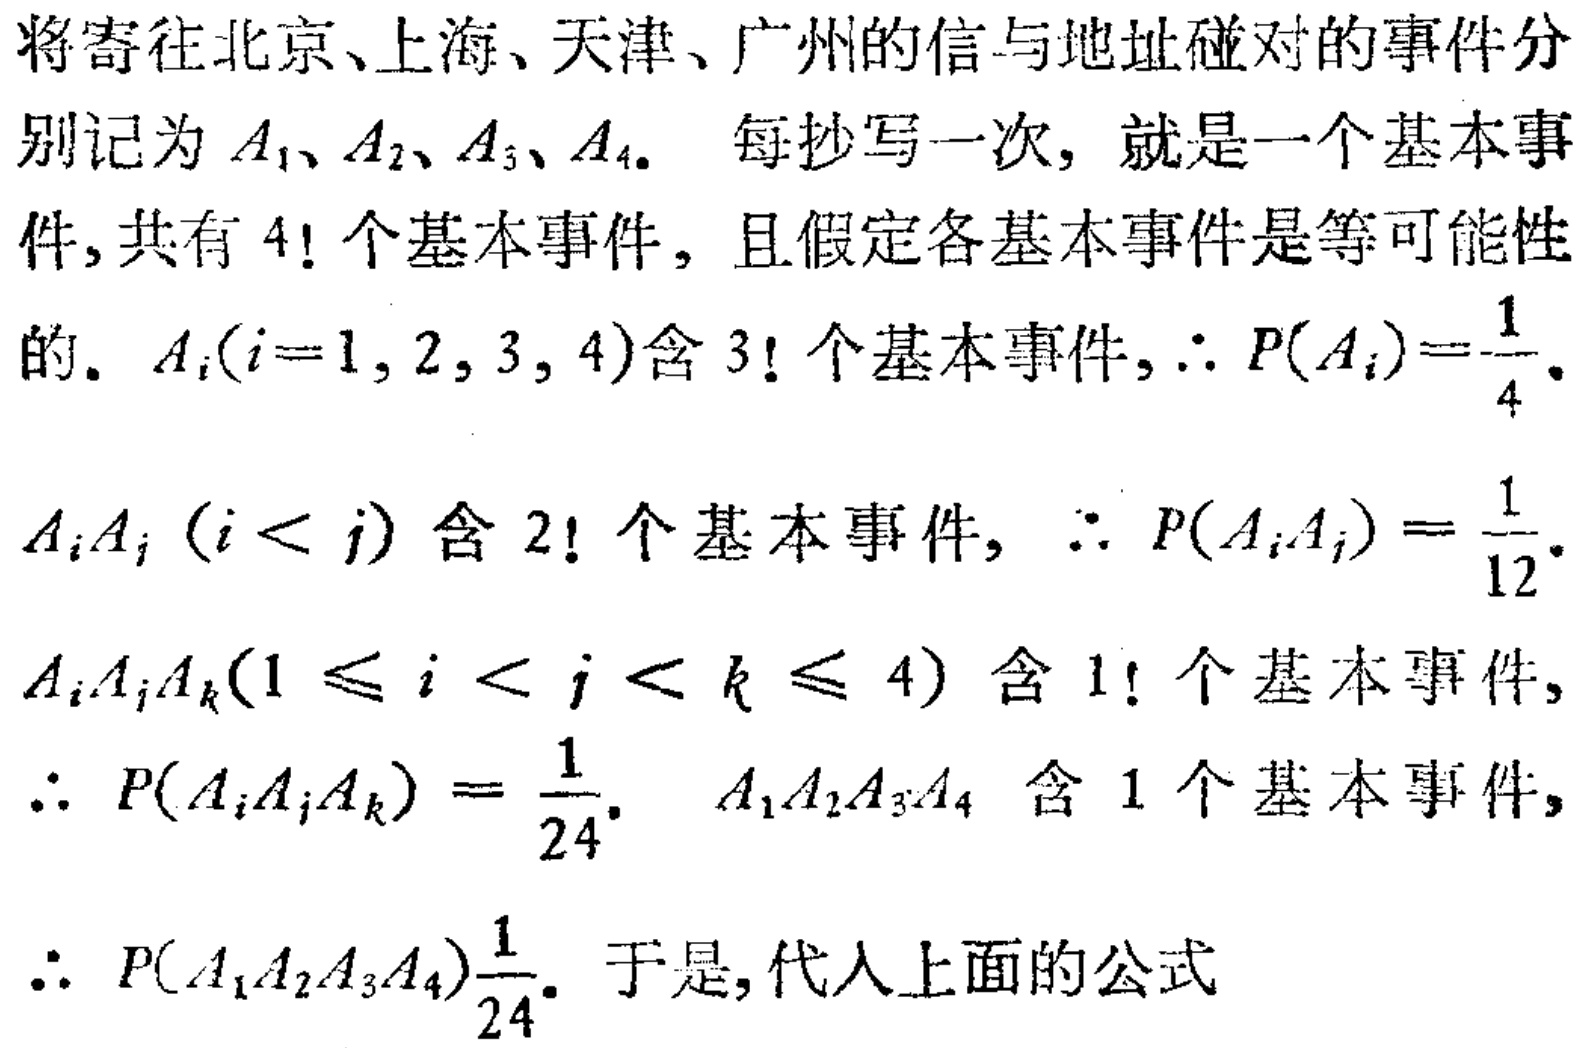
将寄往北京、上海、天津、广州的信与地址碰对的事件分别记为 \(A_1\)、\(A_2\)、\(A_3\)、\(A_4\)。 每抄写一次，就是一个基本事件, 共有 \(4!\) 个基本事件，且假定各基本事件是等可能性的。\(A_i(i = 1,2,3,4)\)含 \(3!\) 个基本事件, \(\therefore P(A_i)=\frac{1}{4}\)。

\(A_iA_j (i < j)\) 含 \(2!\) 个基本事件, \(\therefore P(A_iA_j)=\frac{1}{12}\)。

\(A_iA_jA_k(1\leqslant i < j < k\leqslant 4)\) 含 \(1!\) 个基本事件, \(\therefore P(A_iA_jA_k)=\frac{1}{24}\)。 \(A_1A_2A_3A_4\) 含 \(1\) 个基本事件, \(\therefore P(A_1A_2A_3A_4)\frac{1}{24}\)。于是, 代入上面的公式